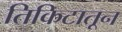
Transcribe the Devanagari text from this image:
तिकिटातून